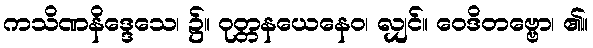
ကသိဏနိဒ္ဒေသေ၊ ၌။ ဝုတ္တနယေနေဝ၊ လျှင်။ ဝေဒိတဗ္ဗော၊ ၏။